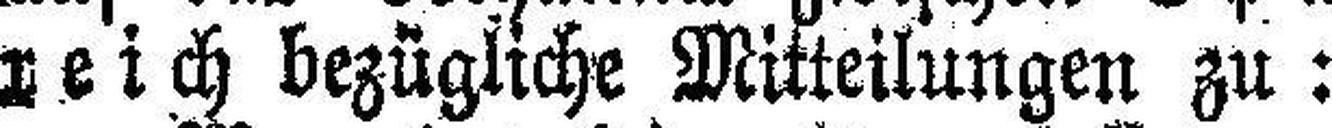
reich bezügliche Mitteilungen zu: